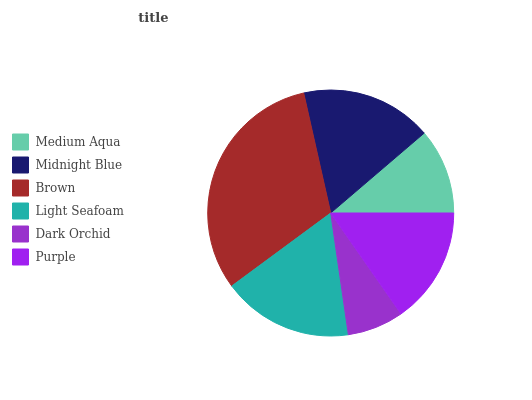
| Medium Aqua | Midnight Blue | Brown | Light Seafoam | Dark Orchid | Purple |
 | --- | --- | --- | --- | --- | --- |
 | 11.3% | 17.2% | 31.7% | 17.2% | 7.4% | 15.3% |